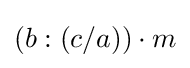
(b:(c/a))\cdot m